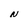
Character: N